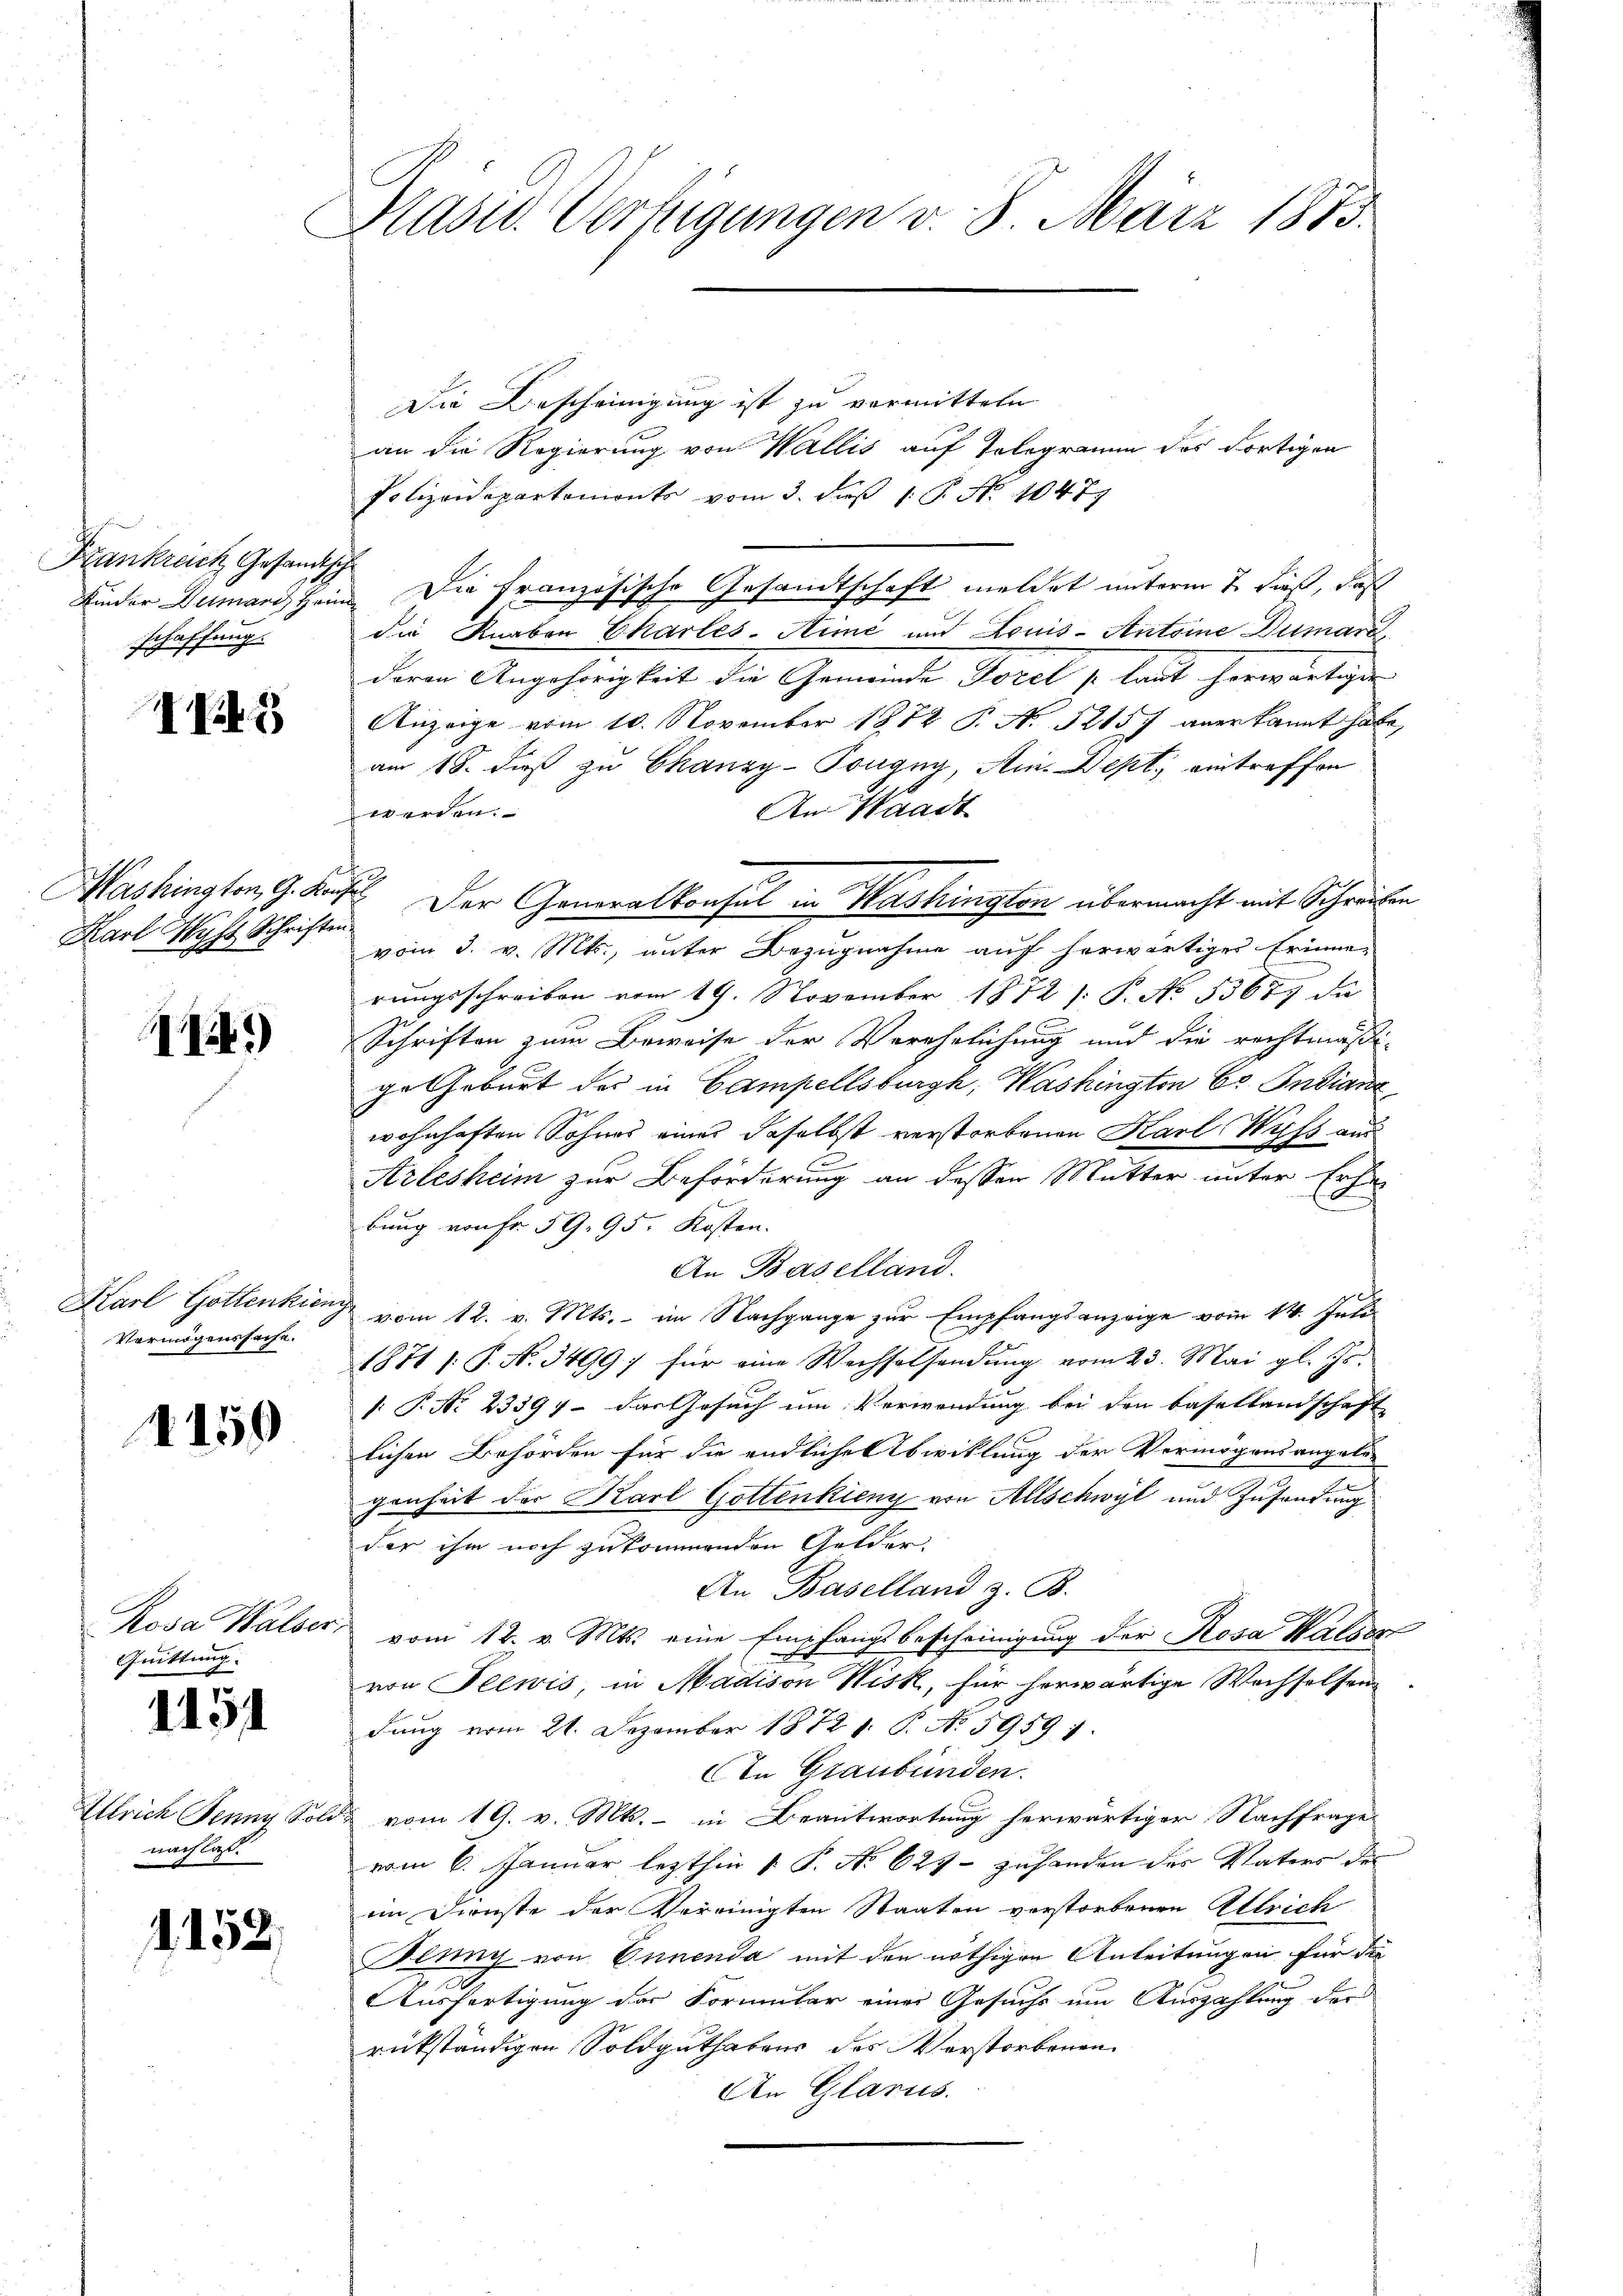
Frankreich Gesandtische
Kinder Dumari Hein
schaffung.

I.5)

Mashington, G. Kanz
Karl Wyss Schriften

1245)

Karl Gottenkien
Vermögenssache.

4159

Rosa Walser,
Quittung.
Ullrich Jenny, Solo
nachlass.

154

1152.

Präsid. Verfügungen v. 8. März 1873.

.

Die Bescheinigung ist zu vermitteln
an die Regierung von Wallis auf Telegramm des dortigen
Polizeidepartemonts vom 3. dieß 1: P. Nr. 1479
Die französische Gesandtschaft meldet unterm 7. dieß, daß
die Knaben Charles-Aime und Louis-Antoine Dumari,
dere Angehörigkeit der Gemeinde Sorel so laut herweitige
Anzeige vom 10. November 1872 P. N. 52157 anerkannt habe,
am 18. dieß zu Ekanzy-Tougny, Am. Dept, eintreffen
An Waadt
werden:
 Der Generalkonsul in Washington übermacht mit Schreiben
vom 3. v. Mts., unter Bezugnahme auf herwärtiger Erinnerungsschreiben vom 19. November 1872 /: P. No. 53657 die
Schriften zum Beweise der Verehelichung und die rechtmäßige Geburt des in Campellsburg, Washington be Indiana
wohnhaften Sohnes eines daselbst verstorbenen Karl Wyfs aus
Arlesheim zur Beförderung an dessen Mutter unter Erhe
bung von Fr. 59. 95. Kosten.
An Baselland.
vom 12. v. Mts. im Nachgange zur Empfangsanzeige vom 14. Juli
1871 /: P. N. 3499; für eine Wechselsendung vom 23. Mai gl. Js.
/: P. Nr. 23397 - das Gesuch um Verwendung bei den Basellandschaft
lichen Behörden für die endliche Abwicklung der Vermögensangetre
genheit der Karl Gottenkieng von Allschwyl und Zusendung
der ihm noch zu kommenden Gelder.
An Baselland z. B.
vom 12. v. Mts. eine Empfangsbescheinigung der Rosa Walser
von Plewis, in Madison Wisk, für herwärtige Wechselsendung vom 21. Dezember 1872 1. P. N. 5959 1
An Graubünden.
vom 19. v. Mts. - in Beantwortung herwärtiger Nachfrage
vom 6. Januar lezthin 1 P. No 629 - zuhanden des Vaters des
im Dienste der Vereinigten Staaten verstorbenen Alleich
Nenny von Ennenda mit den nöthigen Anleitungen für die
Ausfertigung der Formular einer Gesuchs um Auszahlung der
rückständigen Soldguthabens des Verstorbenen.
An Glarus.